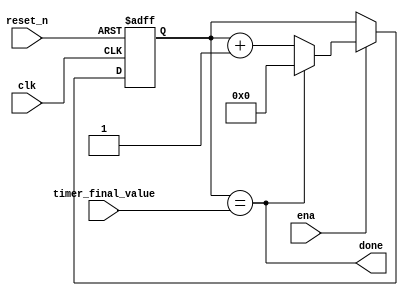
// Baud Rate Generator 
//
// The UART Baud Rate Generator (BRG) is a timer used to generate 
// the clocking mechanism required for communication. 
// The BRG generates 16 clock periods per data bit.
//
module baud_rate_generator 
    #(parameter BITS = 4
    )(
    input clk,                              // Top level system clock input. 
    input reset_n,                          // Asynchronous active low reset.
    input ena,                              // Enable Bit
    input [BITS - 1:0] timer_final_value,   // Counts up to this value. 
    output done                             // Signal set when final value is reached.
    );

    reg [BITS - 1:0] count_register, count_register_next;

    always @ (posedge clk, negedge reset_n) begin 
        if (!reset_n)
            count_register <= 'b0;
        else if(ena)
            count_register <= count_register_next;
        else 
            count_register <= count_register;
    end

    assign done = (count_register == timer_final_value);

    always @ (*)
        count_register_next = done ? 'b0 : count_register + 1;
endmodule